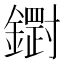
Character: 𮣒